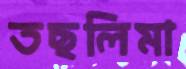
তছলিমা